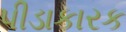
પીડાકારક